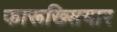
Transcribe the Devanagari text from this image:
फारूख्सियार